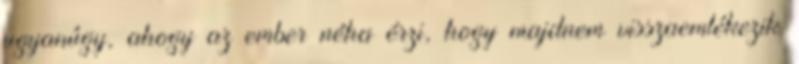
ugyanúgy, ahogy az ember néha érzi, hogy majdnem visszaemlékezik